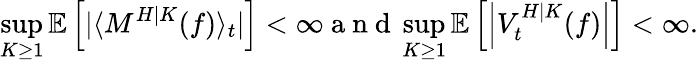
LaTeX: \operatorname*{sup}_{K\geq 1}\mathbb{E}\left[|\langle M^{H|K}(f)\rangle_{t}|\right]<\infty\mathrm{~a~n~d~}\operatorname*{sup}_{K\geq 1}\mathbb{E}\left[\left|V_{t}^{H|K}(f)\right|\right]<\infty.